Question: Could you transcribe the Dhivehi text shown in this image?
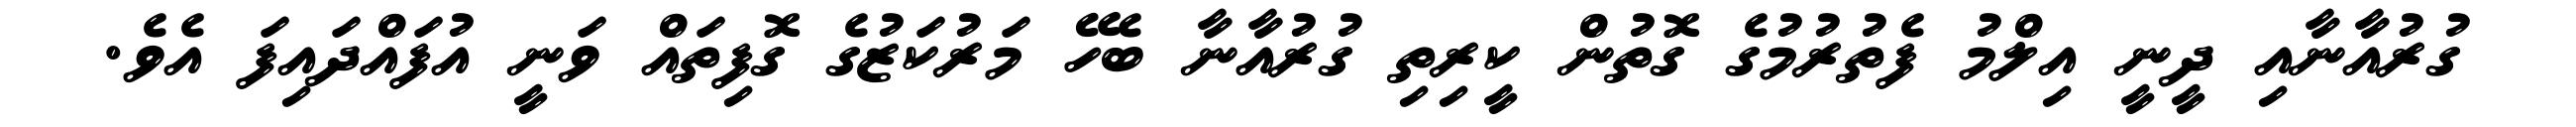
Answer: ގުރުއާނާއި ދީނީ އިލްމު ފެތުރުމުގެ ގޮތުން ކީރިތި ގުރުއާނާ ބެހޭ މަރުކަޒުގެ ގޮފިތައް ވަނީ އުފައްދައިފަ އެވެ.